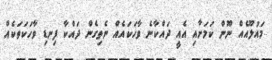
މައުލޫއެއް ނޫން ކަމަށާއި އެއީ ދައްކާނެ ވާހަކައެއް ނެތިގެން ދައްކާ ފިނޑި ވާހަކަތަކެއް